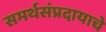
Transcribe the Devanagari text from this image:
समर्थसंप्रदायाचे